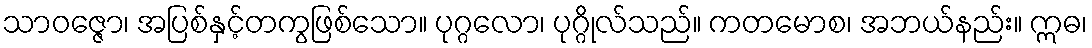
သာဝဇ္ဇော၊ အပြစ်နှင့်တကွဖြစ်သော။ ပုဂ္ဂလော၊ ပုဂ္ဂိုလ်သည်။ ကတမောစ၊ အဘယ်နည်း။ ဣဓ၊